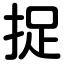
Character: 捉